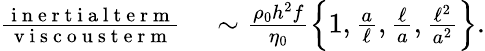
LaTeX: \begin{array}{rl}{\frac{\mathrm{~i~n~e~r~t~i~a~l~t~e~r~m~}}{\mathrm{~v~i~s~c~o~u~s~t~e~r~m~}}}&{{}\sim\frac{\rho_{0}h^{2}f}{\eta_{0}}\left\{ 1,\frac{a}{\ell},\frac{\ell}{a},\frac{\ell^{2}}{a^{2}}\right\} .}\end{array}